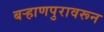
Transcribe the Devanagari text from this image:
बऱ्हाणपुरावरून